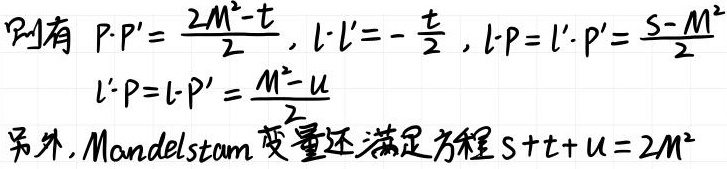
则有 $P\cdot P' = \frac{2M^{2}-t}{2}$, $l\cdot l' = -\frac{t}{2}$, $l\cdot P = l'\cdot P' = \frac{s - M^{2}}{2}$, $l'\cdot P = l\cdot P' = \frac{M^{2}-u}{2}$

另外, Mandelstam 变量还满足方程 $s + t + u = 2M^{2}$